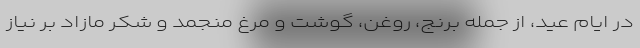
در ایام عید، از جمله برنج، روغن، گوشت و مرغ منجمد و شکر مازاد بر نیاز